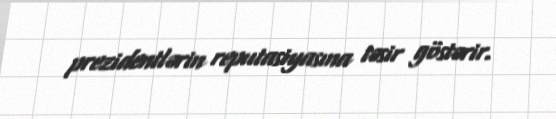
prezidentlərin reputasiyasına təsir göstərir.